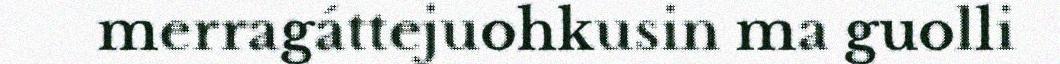
merragáttejuohkusin ma guolli